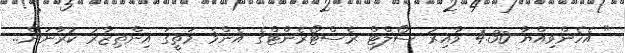
" އެހެންވިއްޔާ 4.30 ވާއިރު ސޯލްޓް ރެސްޓޯރެންޓްގެ އެންމެ މަތީގަ އިންތިޒާރު ކުރާނަން..